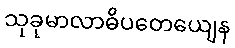
သုခုမာလာဓိပတေယျေန